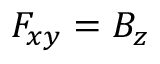
F _ { x y } = B _ { z }